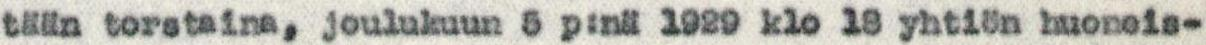
tään torstaina, joulukuun 5 p:nä 1929 klo 18 yhtiön huoneis-